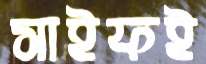
সাইফই